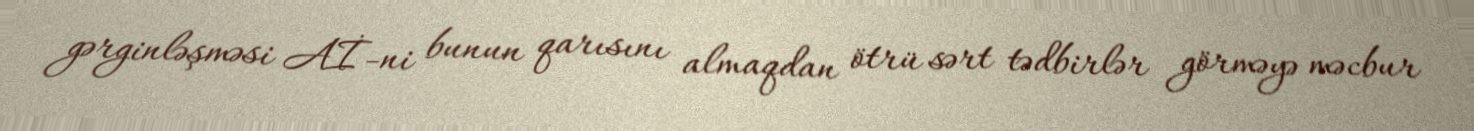
gərginləşməsi Aİ-ni bunun qarısını almaqdan ötrü sərt tədbirlər görməyə məcbur